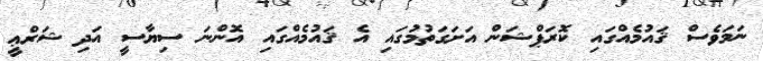
ނަމަވެސް ޤައުމެއްގައި ކޮރަޕްޝަން އަށަގަތުމުގައި އެ ޤައުމެއްގައި އޮންނަ ސިޔާސީ އަދި ޝަރްޢީ